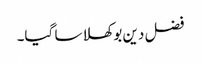
فضل دین بوکھلا سا گیا۔